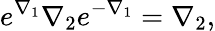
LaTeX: e^{\nabla_{1}}\nabla_{2}e^{-\nabla_{1}}=\nabla_{2},